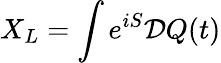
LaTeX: X_{L}=\int e^{iS}{\cal D}Q(t)